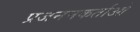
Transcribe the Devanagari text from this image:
प्रजननकर्ताओं